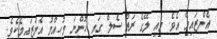
އެންޒައިމް އެވެ. މިއީ ލޭގެ ރަތް ސެލް ގައި ހުންނަ މުހިއްމު އެންޒައިމެކެވެ.